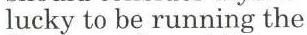
lucky to be running the